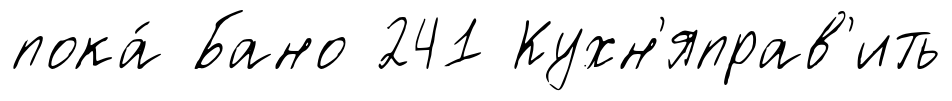
пока́ Бано 241 Кухн'яправ'ить